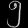
Digit: ၅